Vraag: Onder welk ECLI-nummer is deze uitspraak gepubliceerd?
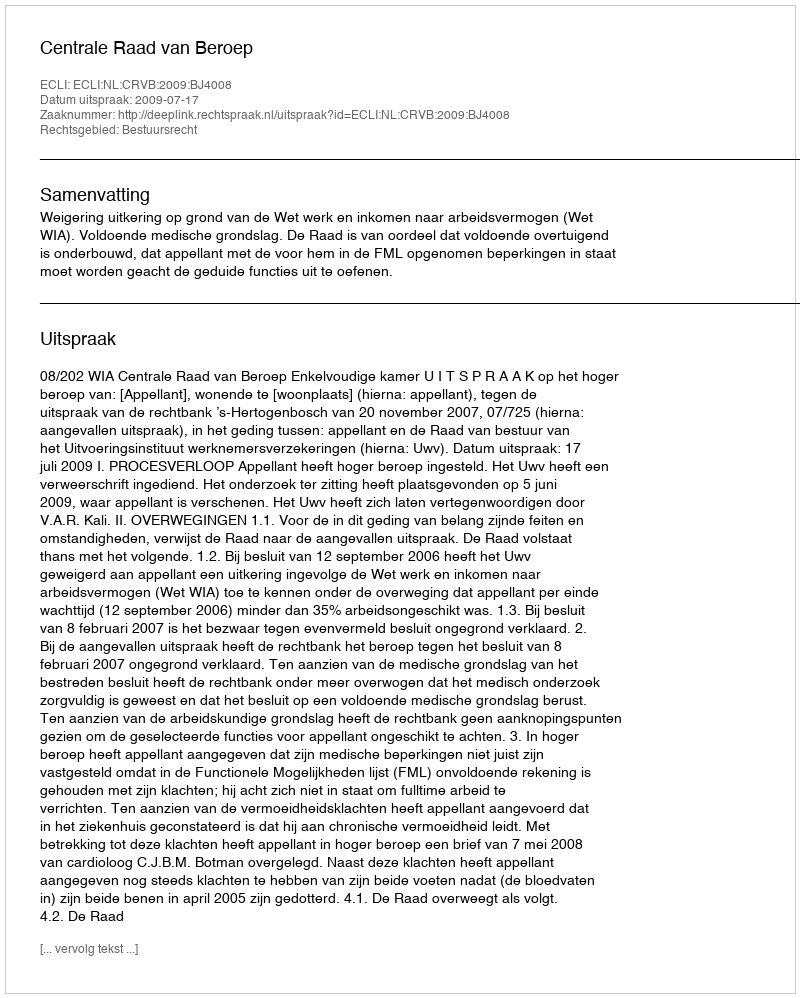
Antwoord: ECLI:NL:CRVB:2009:BJ4008